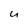
Character: u